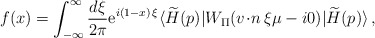
\begin{align*}f (x)=\int_{-\infty}^\infty \frac{d \xi}{2 \pi}{\rm e}^{i(1 - x) \, \xi}\langle \widetilde{H}(p) |W_{\scriptstyle\Pi} ( {v \!\cdot\! n} \, \xi \mu -i0) | \widetilde{H}(p) \rangle\, ,\end{align*}